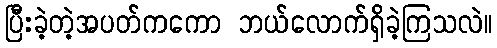
ပြီးခဲ့တဲ့အပတ်ကကော ဘယ်လောက်ရှိခဲ့ကြသလဲ။